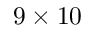
9 \times 1 0